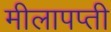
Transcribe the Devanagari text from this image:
मीलापप्ती